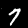
Label: 7